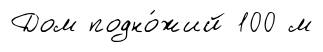
Дом подно́жий 100 м